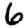
Digit: 6